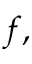
f ,